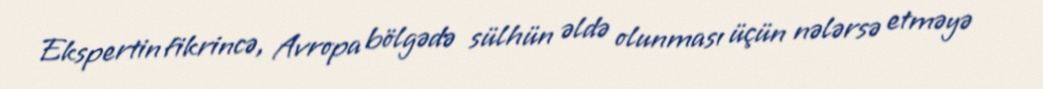
Ekspertin fikrincə, Avropa bölgədə sülhün əldə olunması üçün nələrsə etməyə